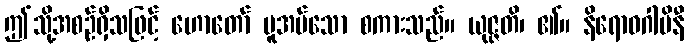
ဤသို့အစဉ်ရှိသဖြင့် ဟောတော် မူအပ်သော စကားသည်။ ယုဇ္ဇတိ၊ ၏။ နိရောဓဂါမိနီ